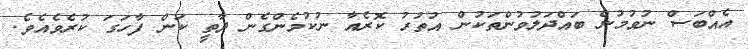
އެއްބަސް ނުވުމުން ބައްދަލުވުންތަކުން އުތުރު ކޮރެއާ ނުކުމެންގެން ދާތީ ކަން ފާހަގަ ކުރެވެއެވެ.